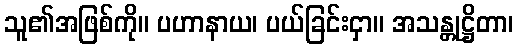
သူ၏အဖြစ်ကို။ ပဟာနာယ၊ ပယ်ခြင်းငှာ။ အသန္တုဋ္ဌိတာ၊